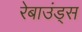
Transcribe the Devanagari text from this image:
रेबाउंड्स